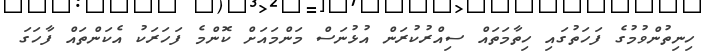
ހިނިތުންވުމުގެ ފަހަތުގައި ހިތާމަތައް ސިއްރުކުރަން އުޅުނަސް މަންމައަށް ކޮންމެ ފަހަރަކު އެކަންތައް ފާހަގަ